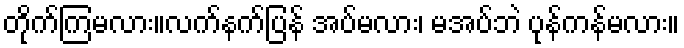
တိုက်ကြမလား။လက်နက်ပြန် အပ်မလား၊ မအပ်ဘဲ ပုန်ကန်မလား။